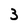
Character: 3